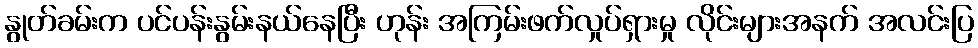
နွုတ်ခမ်းက ပင်ပန်းနွမ်းနယ်နေပြီး ဟုန်း အကြမ်းဖက်လှုပ်ရှားမှု လိုင်းများအနက် အလင်းပြ